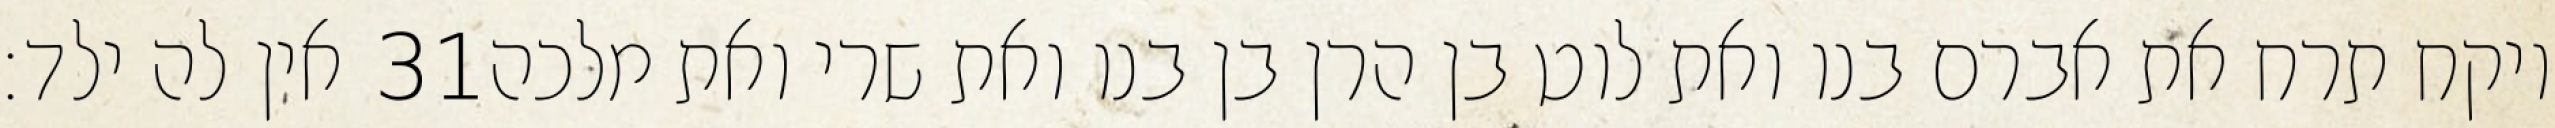
אין לה ילד׃ ‎31‏ ויקח תרח את אברם בנו ואת לוט בן הרן בן בנו ואת שרי ואת מלכה